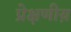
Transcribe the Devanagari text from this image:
प्रेक्षणीय़